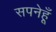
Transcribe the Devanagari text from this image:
सपनेहूँ